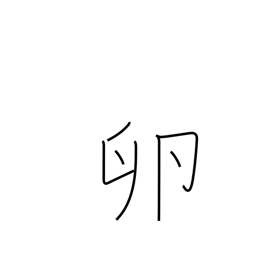
Meaning: roe